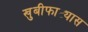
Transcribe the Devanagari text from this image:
खुबीफाट्यास